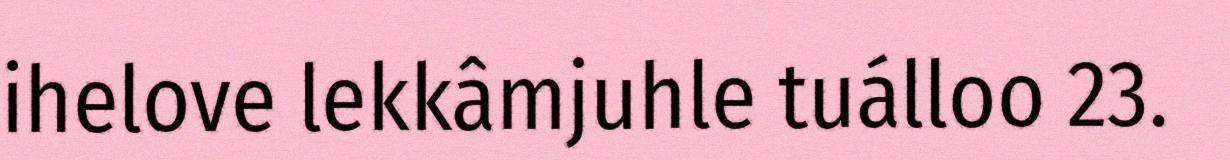
ihelove lekkâmjuhle tuálloo 23.